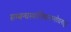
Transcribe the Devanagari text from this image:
सम्बन्धस्याभिधानान्तोदनाद्वा